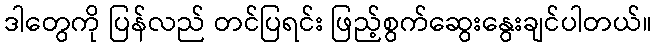
ဒါတွေကို ပြန်လည် တင်ပြရင်း ဖြည့်စွက်ဆွေးနွေးချင်ပါတယ်။